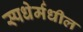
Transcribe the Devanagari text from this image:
स्पधेर्मधील